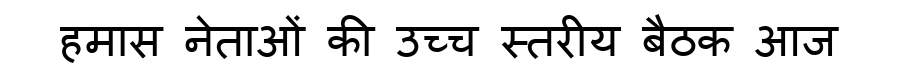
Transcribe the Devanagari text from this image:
हमास नेताओं की उच्च स्तरीय बैठक आज